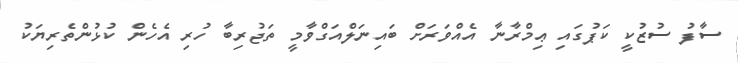
ސާފު ސުޒުކީ ކަޕުގައި ޢިމްރާނާ އެއްވަރަށް ބައިނަލްއަގްވާމީ ތަޖުރިބާ ހުރި އެހެން ކުޅުންތެރިޔަކު